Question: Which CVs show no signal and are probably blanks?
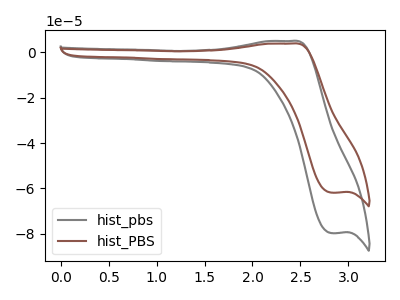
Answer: <think>The gray curve "hist_pbs" has an anodic peak at (2.40V, 5.00uA) and a cathodic peak at (2.80V, -79.75uA). The brown curve "hist_PBS" has an anodic peak at (2.40V, 3.90uA) and a cathodic peak at (2.80V, -61.90uA).</think>
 <answer>There are not any CV's on this graph that are likely to be blanks.</answer>
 <eval>none</eval>